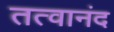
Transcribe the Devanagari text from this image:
तत्वानंद